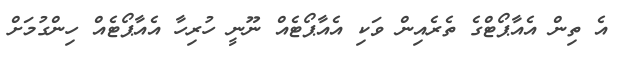
އެ ތިން އެއާޕޯޓްގެ ތެރެއިން ވަކި އެއާޕޯޓެއް ނޫނީ ހުރިހާ އެއާޕޯޓެއް ހިންގުމަށް